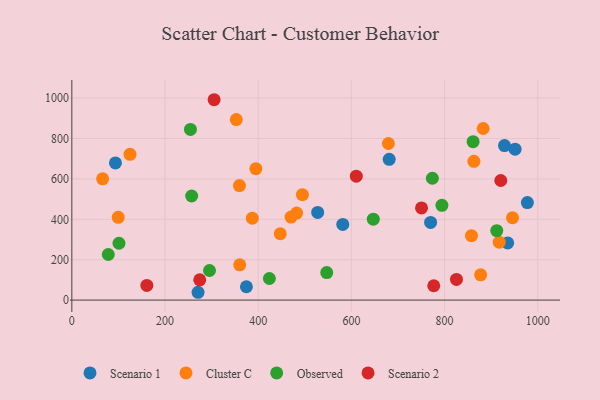
{"axis": {"x": "Engine Size", "y": "Exam Score"}, "legend": ["Cluster C", "Observed", "Scenario 1", "Scenario 2"], "data": [{"x": "527.6", "y": 433.9, "type": "Scenario 1"}, {"x": "270.9", "y": 38.7, "type": "Scenario 1"}, {"x": "681.1", "y": 697.1, "type": "Scenario 1"}, {"x": "951.3", "y": 747.4, "type": "Scenario 1"}, {"x": "581.5", "y": 374.8, "type": "Scenario 1"}, {"x": "928.6", "y": 765.0, "type": "Scenario 1"}, {"x": "93.6", "y": 678.9, "type": "Scenario 1"}, {"x": "977.7", "y": 482.8, "type": "Scenario 1"}, {"x": "374.7", "y": 66.1, "type": "Scenario 1"}, {"x": "935.4", "y": 283.2, "type": "Scenario 1"}, {"x": "770.0", "y": 384.6, "type": "Scenario 1"}, {"x": "353.0", "y": 893.6, "type": "Cluster C"}, {"x": "917.2", "y": 286.8, "type": "Cluster C"}, {"x": "494.9", "y": 521.7, "type": "Cluster C"}, {"x": "882.8", "y": 849.6, "type": "Cluster C"}, {"x": "679.4", "y": 775.3, "type": "Cluster C"}, {"x": "359.8", "y": 566.8, "type": "Cluster C"}, {"x": "877.4", "y": 124.9, "type": "Cluster C"}, {"x": "124.9", "y": 721.7, "type": "Cluster C"}, {"x": "66.1", "y": 600.6, "type": "Cluster C"}, {"x": "482.4", "y": 430.8, "type": "Cluster C"}, {"x": "387.4", "y": 405.8, "type": "Cluster C"}, {"x": "447.3", "y": 328.4, "type": "Cluster C"}, {"x": "945.8", "y": 407.7, "type": "Cluster C"}, {"x": "862.9", "y": 686.9, "type": "Cluster C"}, {"x": "99.6", "y": 409.7, "type": "Cluster C"}, {"x": "470.4", "y": 411.0, "type": "Cluster C"}, {"x": "395.0", "y": 650.8, "type": "Cluster C"}, {"x": "857.7", "y": 318.8, "type": "Cluster C"}, {"x": "360.4", "y": 174.6, "type": "Cluster C"}, {"x": "794.3", "y": 469.0, "type": "Observed"}, {"x": "295.5", "y": 146.5, "type": "Observed"}, {"x": "101.2", "y": 281.4, "type": "Observed"}, {"x": "912.0", "y": 343.6, "type": "Observed"}, {"x": "547.1", "y": 136.2, "type": "Observed"}, {"x": "647.0", "y": 400.7, "type": "Observed"}, {"x": "861.2", "y": 784.2, "type": "Observed"}, {"x": "254.6", "y": 845.1, "type": "Observed"}, {"x": "78.2", "y": 225.6, "type": "Observed"}, {"x": "773.8", "y": 603.2, "type": "Observed"}, {"x": "424.0", "y": 107.0, "type": "Observed"}, {"x": "257.2", "y": 515.4, "type": "Observed"}, {"x": "305.4", "y": 992.0, "type": "Scenario 2"}, {"x": "750.5", "y": 456.1, "type": "Scenario 2"}, {"x": "161.0", "y": 72.5, "type": "Scenario 2"}, {"x": "274.5", "y": 100.2, "type": "Scenario 2"}, {"x": "920.6", "y": 592.1, "type": "Scenario 2"}, {"x": "776.8", "y": 70.9, "type": "Scenario 2"}, {"x": "610.5", "y": 613.6, "type": "Scenario 2"}, {"x": "825.5", "y": 102.4, "type": "Scenario 2"}]}